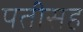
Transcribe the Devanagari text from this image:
पतीसह